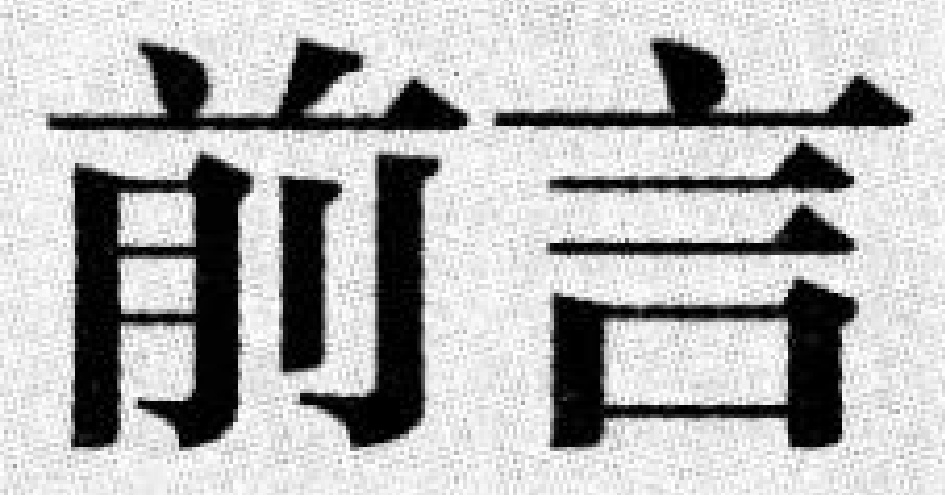
前言